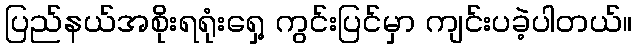
ပြည်နယ်အစိုးရရုံးရှေ့ ကွင်းပြင်မှာ ကျင်းပခဲ့ပါတယ်။